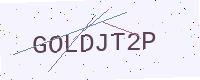
Text: GOLDJT2P